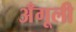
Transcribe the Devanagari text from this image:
अँगूली